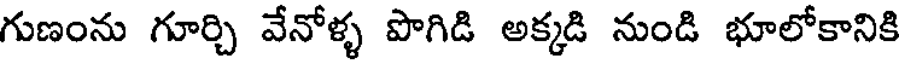
గుణంను గూర్చి వేనోళ్ళ పొగిడి అక్కడి నుండి భూలోకానికి